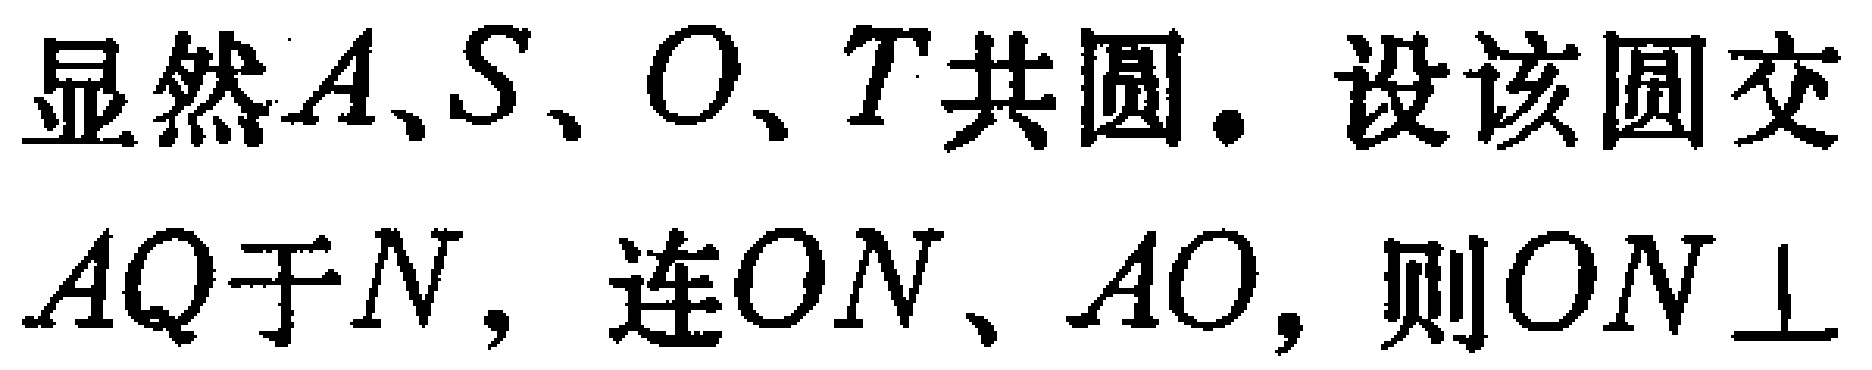
显然\(A、S、O、T\)共圆. 设该圆交\(AQ\)于\(N\)，连\(ON\)、\(AO\)，则\(ON\perp\)